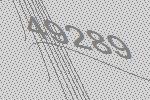
49289